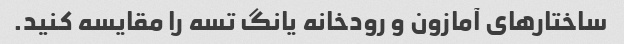
ساختارهای آمازون و رودخانه یانگ تسه را مقایسه کنید.